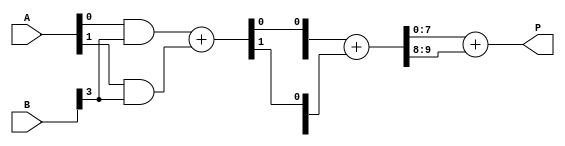
module WallaceTreeMultiplier #(parameter N = 4) (
    input [N-1:0] A,   // N-bit input A
    input [N-1:0] B,   // N-bit input B
    output [2*N-1:0] P // 2N-bit output product P
);

// Partial product generation
wire [N-1:0] pp [N-1:0]; // Partial products
genvar i, j;
generate
    for (i = 0; i < N; i = i + 1) begin : pp_gen
        for (j = 0; j < N; j = j + 1) begin : pp_bit
            assign pp[i][j] = A[i] & B[j];
        end
    end
endgenerate

// Wallace tree reduction
wire [N+N:0] sum [N-1:0]; // Intermediate sums
wire [N-1:0] carry [N-1:0]; // Intermediate carries

// Stage 1 reduction
generate
    for (i = 0; i < N; i = i + 1) begin : stage1
        if (i == 0) begin
            assign sum[i][0] = pp[0][i];
            assign carry[i][0] = 1'b0; // No carry in for the first stage
        end else begin
            assign {carry[i][0], sum[i][0]} = pp[0][i] + pp[1][i];
        end
        if (i < N-1) begin
            assign sum[i][1] = pp[2][i];
            assign carry[i][1] = 1'b0;
        end
    end
endgenerate

// More stages can be added as necessary to complete the Wallace tree reduction
// ...

// Final carry-sum addition using a simple ripple carry adder (or other adder type)
wire [2*N-1:0] final_sum;
wire [2*N-1:0] final_carry;

// Final addition of the last two rows
assign {final_carry, final_sum} = sum[N-1] + carry[N-1];

// Output assignment
assign P = final_sum + final_carry;

endmodule